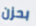
بحزن